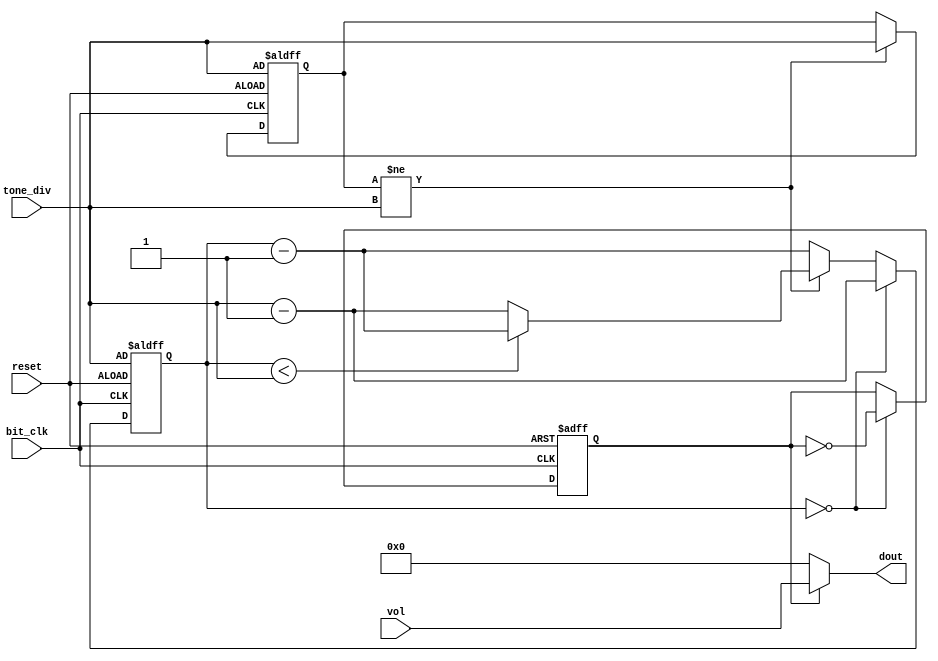
`timescale 1ns / 1ps

//suppose bitCLK = 32*2**14
//max divider = for 32 hz = 2**14
module sound_gen_sqr (reset, bit_clk, vol, tone_div, dout);
  parameter TONE_DIV_WIDTH = 14;
  parameter DATA_WIDTH = 16;
  input reset;
  input bit_clk;
  input [TONE_DIV_WIDTH-1:0] tone_div;
  input [DATA_WIDTH-1:0] vol;
  output [DATA_WIDTH-1:0] dout;//for now, same L/R
  
  reg [TONE_DIV_WIDTH-1:0] curr_div; //copy of tone_div, to reset on tone_div change
  reg [TONE_DIV_WIDTH-1:0] div_cnt;
  reg high;

  assign dout = high ? vol : 16'b0;

  always @(posedge bit_clk or posedge reset)
  begin
    if (reset)
    begin
      high <= 0;
      curr_div <= tone_div;
      div_cnt <= tone_div;
    end else begin
      if (curr_div != tone_div) //change tone
      begin
        curr_div <= tone_div;
        div_cnt <= (div_cnt < tone_div) ? div_cnt - 1 : tone_div - 1;
      end else begin
        div_cnt <= div_cnt - 1;
      end//erreur
      if (div_cnt == 0) begin
        high <= ~high; //square
        div_cnt <= tone_div - 1; //not curr_div because out of "if (curr_div != tone_div)"
      end   
    end
  end
endmodule


module sound_gen (reset, bit_clk, vol, freq, dout);
  parameter PHASE_WIDTH = 16;
  parameter DATA_WIDTH = 16;
  input reset;
  input bit_clk;
  input [PHASE_WIDTH-5:0] freq;
  input [3:0] vol;
  output [DATA_WIDTH-1:0] dout;//for now, same L/R
  
  reg [4:0] data_clk;
  reg [PHASE_WIDTH:0] phase; // 4b:vol, 12b:phase
  reg [PHASE_WIDTH:0] next_phase;

  assign dout = phase[PHASE_WIDTH-1:0];//sawtooth

  always @(posedge bit_clk or posedge reset)
  begin
    if (reset)
    begin
      data_clk <= 0;
      phase <= 0;
      next_phase <= freq;
    end else begin
      data_clk <= data_clk + 1;
      if (data_clk<vol)
      begin
        next_phase <= next_phase + freq;
      end
      if (data_clk == 15)
      begin
        if (next_phase[PHASE_WIDTH:PHASE_WIDTH-4] == vol)
        begin
          next_phase <= freq;
          phase <= 0;
        end else begin
          phase <= next_phase;
        end
      end
    end
  end
endmodule



module i2s (reset, bit_clk, din, sd, ws);
  parameter DATA_WIDTH = 16;
  input reset;
  input bit_clk;
  input [DATA_WIDTH-1:0] din;//for now, same L/R
  output reg sd;//serial data, delayed 1 clk
  output ws;//word select

  reg [DATA_WIDTH-1:0] data;
  //wire [DATA_WIDTH-1:0] data;
  //assign data = din;

  reg [4:0] data_clk;

  assign ws = data_clk[4];

  always @(negedge bit_clk or posedge reset)
  begin
    if (reset)
    begin
      data_clk <= {DATA_WIDTH,1'b0} - 1;
      sd <= 1'b0;
    end else begin
      if (data_clk == 0) begin
        data_clk <= {DATA_WIDTH,1'b0} - 1;
        data <= din;
      end else begin
        data_clk <= data_clk - 1;
        sd <= data[data_clk[3:0]];
      end
    end
  end
endmodule